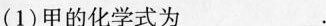
(1)甲的化学式为___。